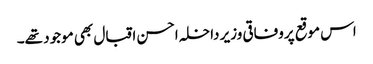
اس موقع پروفاقی وزیر داخلہ احسن اقبال بھی موجود تھے۔